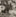
إنه